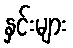
နှင်းများ